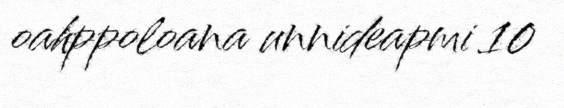
oahppoloana unnideapmi 10